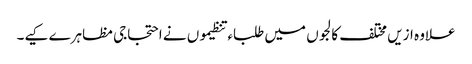
علاوہ ازیں مختلف کالجوں میں طلباء تنظیموں نے احتجاجی مظاہرے کیے۔